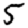
Digit: 5